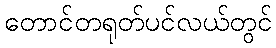
တောင်တရုတ်ပင်လယ်တွင်